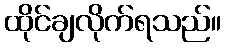
ထိုင်ချလိုက်ရသည်။